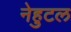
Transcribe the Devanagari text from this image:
नेहुटल